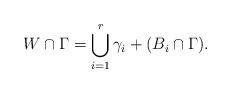
LaTeX: \begin{align*}W \cap \Gamma = \bigcup_{i=1}^r \gamma_i + (B_i \cap \Gamma).\end{align*}